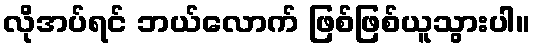
လိုအပ်ရင် ဘယ်လောက် ဖြစ်ဖြစ်ယူသွားပါ။